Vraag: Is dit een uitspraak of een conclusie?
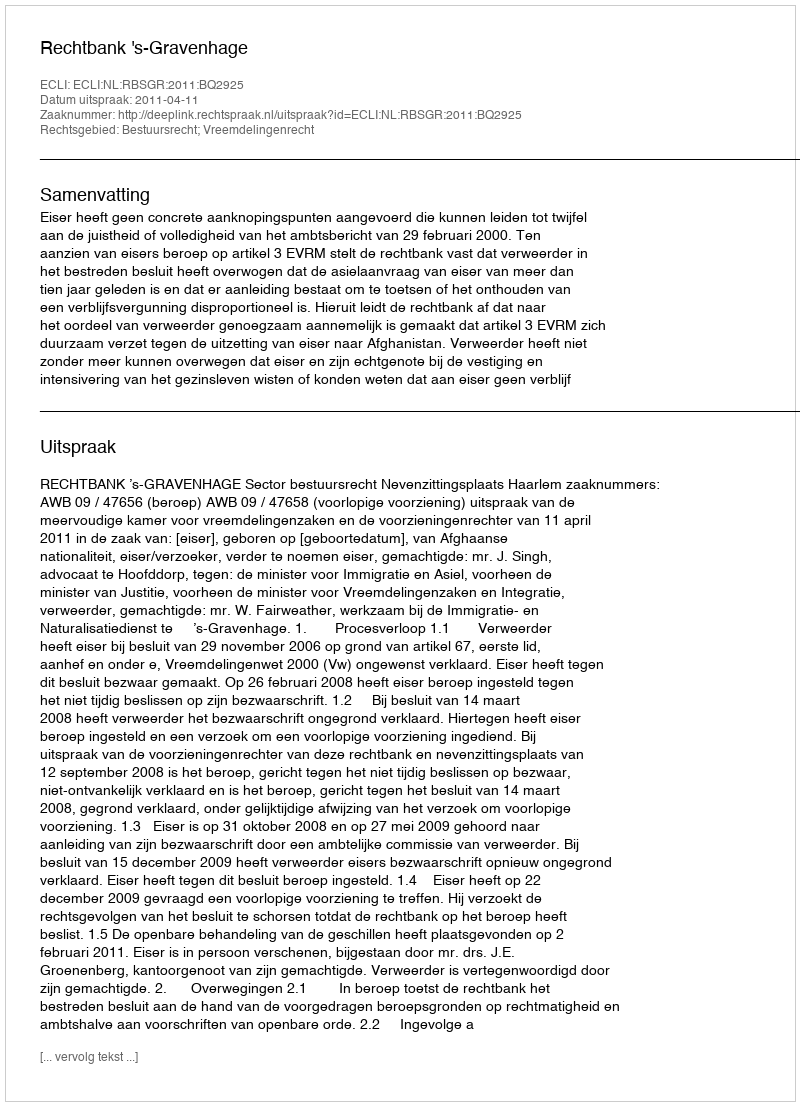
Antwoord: Uitspraak